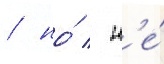
/ но́ / н'е́